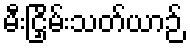
မီးငြှိမ်းသတ်ယာဉ်